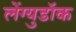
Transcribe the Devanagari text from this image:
लेंग्युडॉक